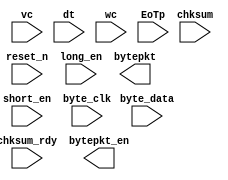
// --------------------------------------------------------------------
// >>>>>>>>>>>>>>>>>>>>>>>>> COPYRIGHT NOTICE <<<<<<<<<<<<<<<<<<<<<<<<<
// --------------------------------------------------------------------
// Copyright (c) 2013 by Lattice Semiconductor Corporation
// --------------------------------------------------------------------
//
// Permission:
//
//   Lattice Semiconductor grants permission to use this code for use
//   in synthesis for any Lattice programmable logic product.  Other
//   use of this code, including the selling or duplication of any
//   portion is strictly prohibited.
//
// Disclaimer:
//
//   This VHDL or Verilog source code is intended as a design reference
//   which illustrates how these types of functions can be implemented.
//   It is the user's responsibility to verify their design for
//   consistency and functionality through the use of formal
//   verification methods.  Lattice Semiconductor provides no warranty
//   regarding the use or functionality of this code.
//
// --------------------------------------------------------------------
//           
//                     Lattice Semiconductor Corporation
//                     5555 NE Moore Court
//                     Hillsboro, OR 97214
//                     U.S.A
//
//                     TEL: 1-800-Lattice (USA and Canada)
//                          408-826-6000 (other locations)
//
//                     web: http://www.latticesemi.com/
//
// --------------------------------------------------------------------
//
// packetheader.v
// 
//
// --------------------------------------------------------------------
//
// Revision History :
// --------------------------------------------------------------------
//   Ver  :| Author            :| Mod. Date :| Changes Made:
//   V1.0 :| APPS_LHQ          :| 07/16/13  :| Initial Release
//------------------------------------------------------------------------------------------------------------------------------------------

module packetheader #(
    parameter     lane_width = 1   
)(
    input         reset_n             ,
    input         short_en            ,
    input         long_en             ,
    input         byte_clk            ,
    input  [31:0] byte_data           ,
    
    input  [1:0]  vc                  ,
    input  [5:0]  dt                  ,
    input  [15:0] wc                  ,
    
    input         chksum_rdy          ,
    input [15:0]  chksum              , 
           
    output reg        bytepkt_en      ,
    output reg [31:0] bytepkt         ,
    input             EoTp             
);

endmodule